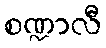
စဏ္ဍာလီ